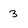
Character: 3